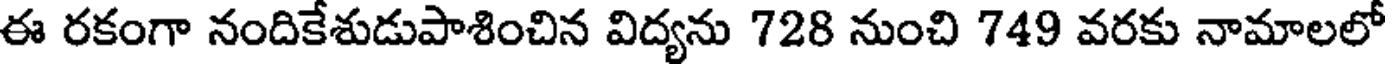
ఈ రకంగా నందికేశుడుపాశించిన విద్యను 728 నుంచి 749 వరకు నామాలలో